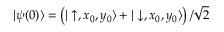
| \psi ( 0 ) \rangle = \left( | \uparrow , x _ { 0 } , y _ { 0 } \rangle + | \downarrow , x _ { 0 } , y _ { 0 } \rangle \right) / \sqrt { 2 }